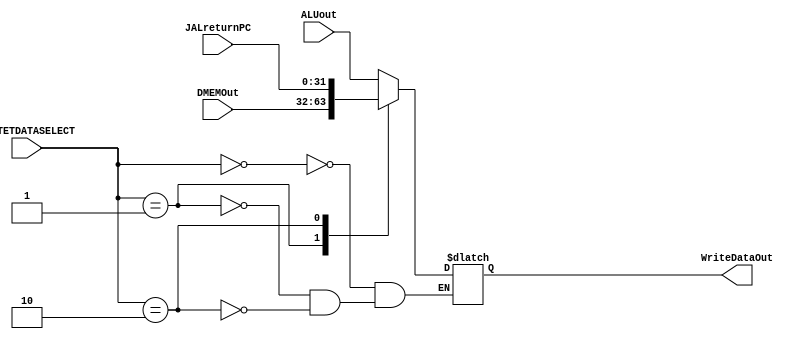
`timescale 1ns / 1ps
//////////////////////////////////////////////////////////////////////////////////
// Company: 
// Engineer: 
// 
// Design Name: 
// Module Name:    WriteDataMUX 
// Project Name: 
// Target Devices: 
// Tool versions: 
// Description: 
//
// Dependencies: 
//
// Revision: 
// Revision 0.01 - File Created
// Additional Comments: 
//
//////////////////////////////////////////////////////////////////////////////////
module WriteDataMUX(WriteDataOut, ALUout, DMEMOut, JALreturnPC, WRITETDATASELECT);
output 		reg[31:0]	WriteDataOut;
input 		[31:0]	ALUout, DMEMOut, JALreturnPC;
input			[1:0] 	WRITETDATASELECT;

always @ (WRITETDATASELECT or ALUout or DMEMOut or JALreturnPC)
begin
case (WRITETDATASELECT)
	'b00: WriteDataOut = ALUout;
	'b01: WriteDataOut = DMEMOut;
	'b10: WriteDataOut = JALreturnPC;
endcase
end

endmodule